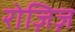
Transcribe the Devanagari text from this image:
रोज़िज़